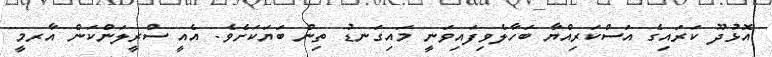
އޮޅުދޫ ކަރައިގެ އަސްކަރިއްޔާ ބަހާލެވިފައިވަނީ މައިގަނޑު ތިން ބަޔަކަށެވެ. އެއީ ސްރީލަންކަން އާރމީ